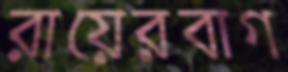
রায়েরবাগ